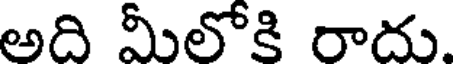
అది మీలోకి రాదు